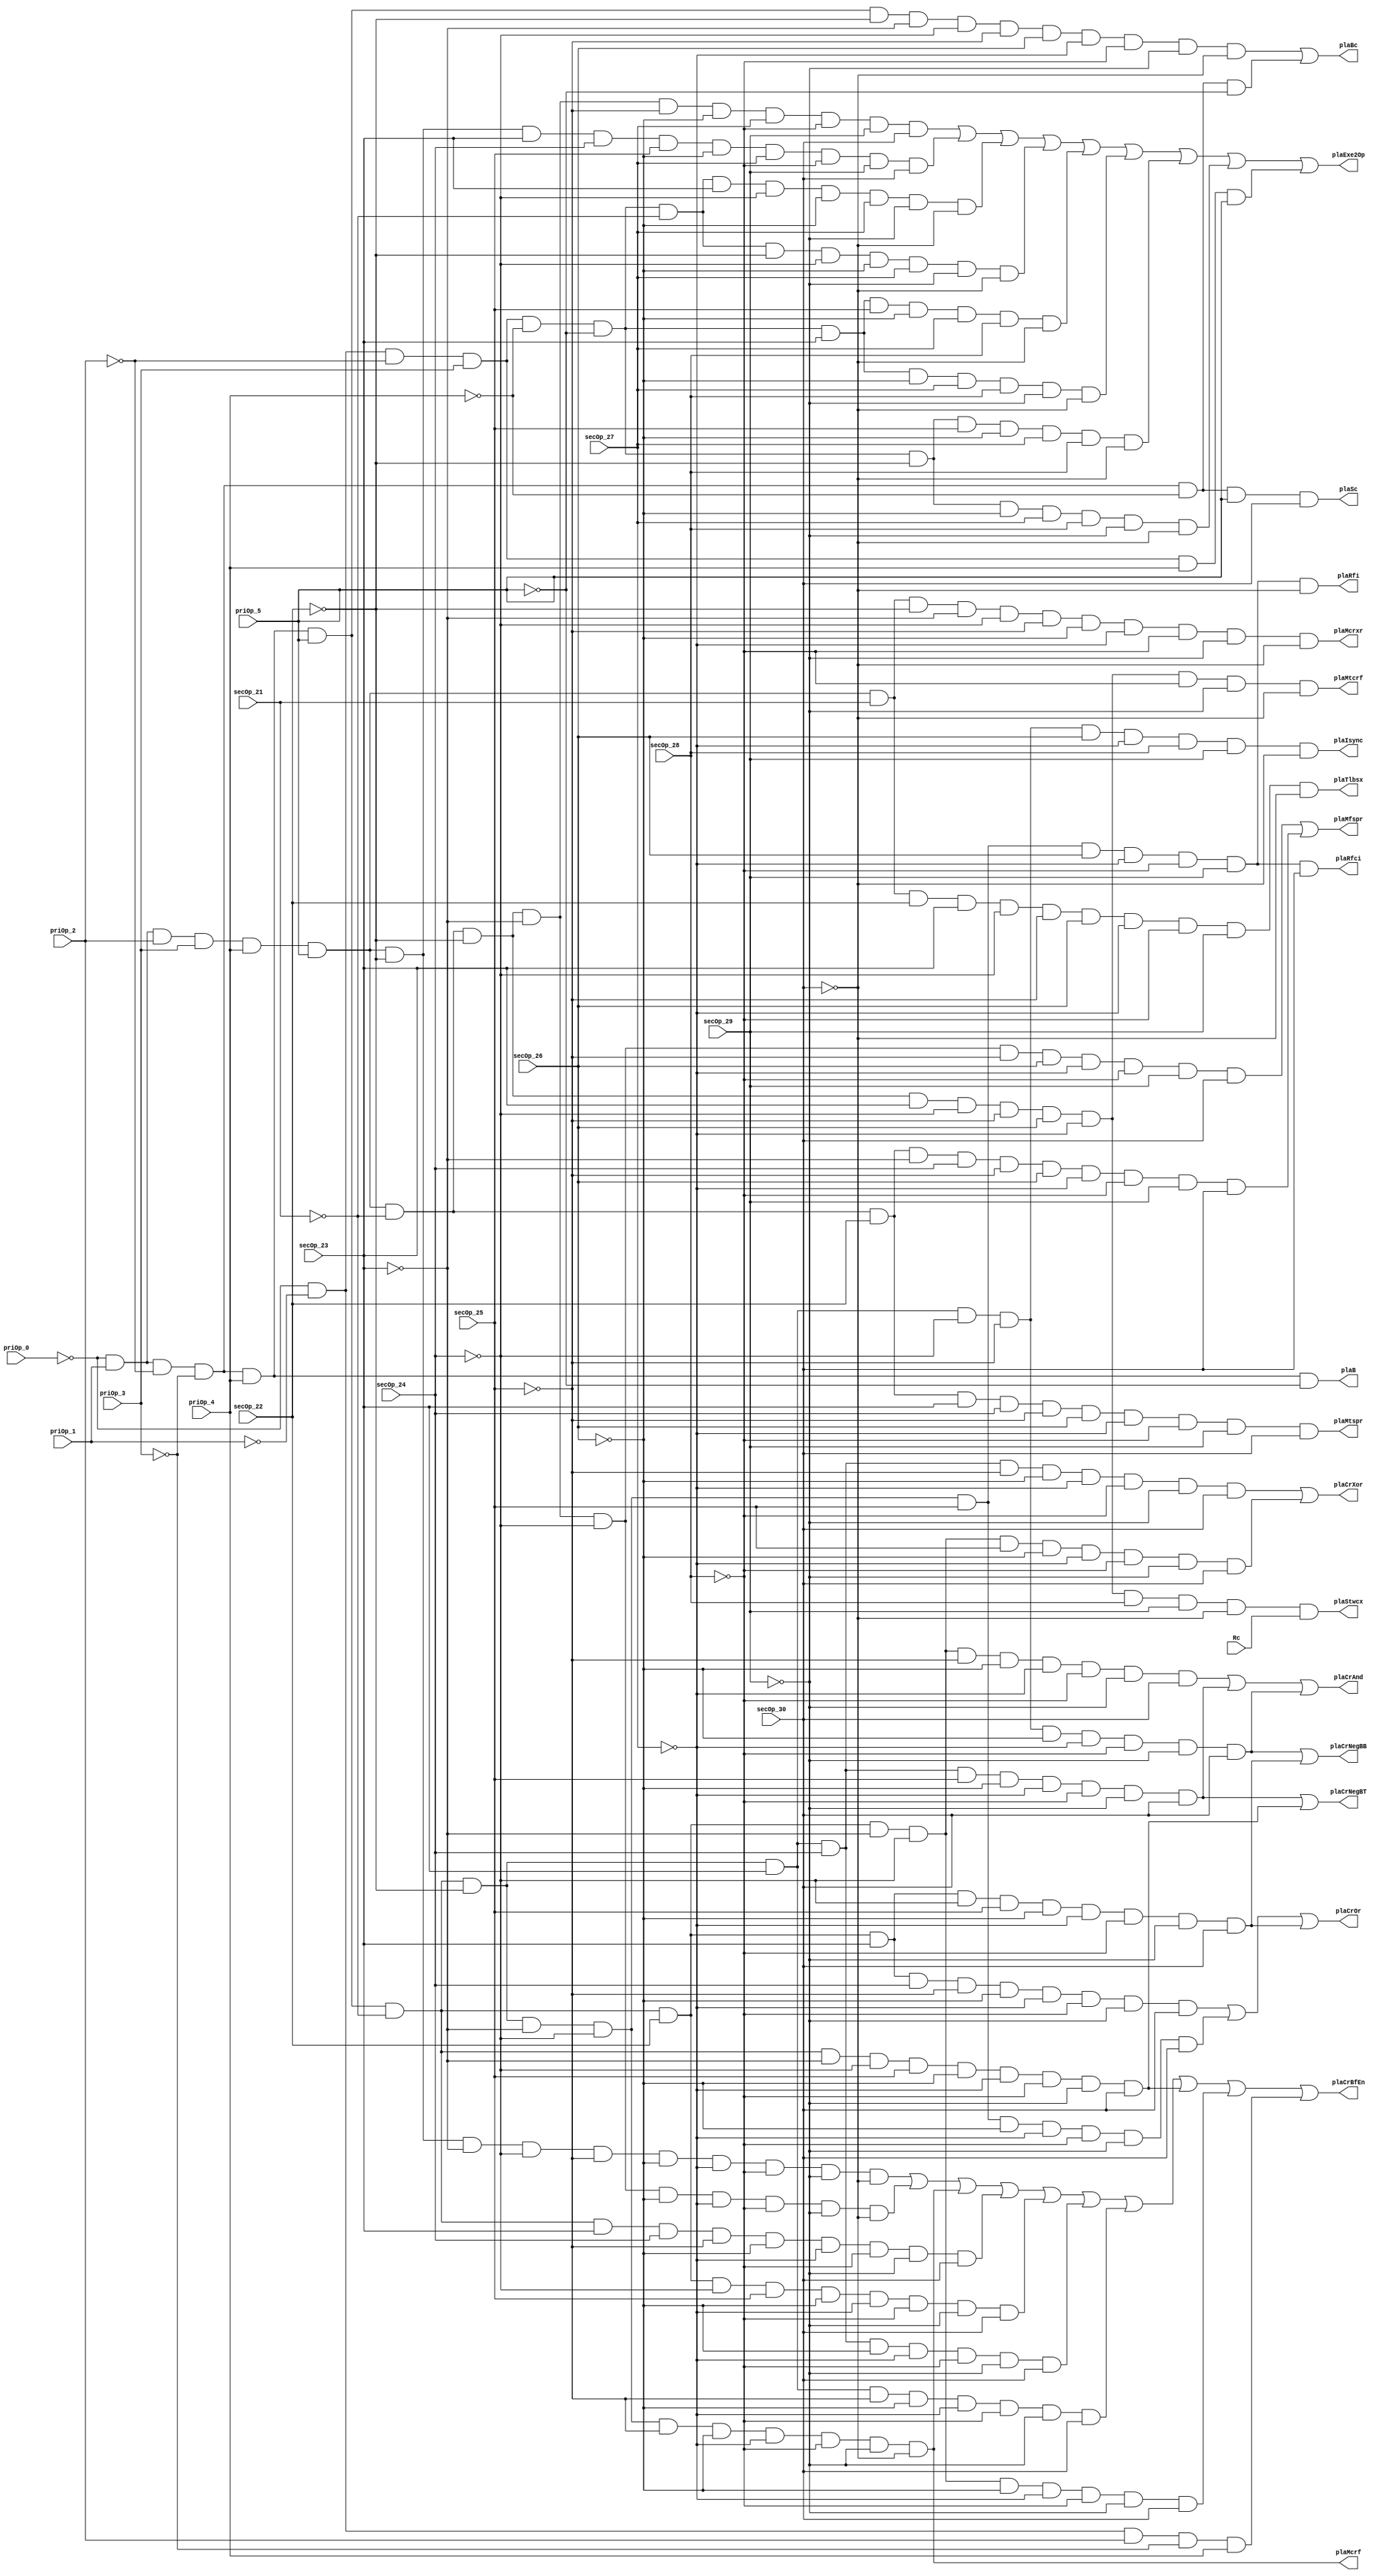
// 
// ************************************************************************** 
// 
//  Copyright (c) International Business Machines Corporation, 2005. 
// 
//  This file contains trade secrets and other proprietary and confidential 
//  information of International Business Machines Corporation which are 
//  protected by copyright and other intellectual property rights and shall 
//  not be reproduced, transferred to other documents, disclosed to others, 
//  or used for any purpose except as specifically authorized in writing by 
//  International Business Machines Corporation. This notice must be 
//  contained as part of this text at all times. 
// 
// ************************************************************************** 
//

module p405s_dcdInstPla ( priOp_0, priOp_1, priOp_2, priOp_3, priOp_4, priOp_5,
    secOp_21, secOp_22, secOp_23, secOp_24, secOp_25, secOp_26, secOp_27,
    secOp_28, secOp_29, secOp_30, Rc, plaExe2Op, plaCrBfEn, plaMtspr, plaMfspr,
    plaB, plaBc, plaCrAnd, plaCrOr, plaCrXor, plaCrNegBB, plaCrNegBT, plaMcrf,
    plaMcrxr, plaMtcrf, plaStwcx, plaTlbsx, plaRfi, plaRfci, plaSc, plaIsync
     );

input  priOp_0, priOp_1, priOp_2, priOp_3, priOp_4, priOp_5, secOp_21,
    secOp_22, secOp_23, secOp_24, secOp_25, secOp_26, secOp_27, secOp_28,
    secOp_29, secOp_30, Rc;

output plaExe2Op, plaCrBfEn, plaMtspr, plaMfspr, plaB, plaBc, plaCrAnd,
    plaCrOr, plaCrXor, plaCrNegBB, plaCrNegBT, plaMcrf, plaMcrxr, plaMtcrf,
    plaStwcx, plaTlbsx, plaRfi, plaRfci, plaSc, plaIsync;

    assign plaExe2Op = ((~priOp_0 & priOp_1 & priOp_2 & priOp_3 & priOp_4 &
        priOp_5 & ~secOp_21 & ~secOp_22 & ~secOp_23 & ~secOp_25 & ~secOp_26 &
        secOp_27 & ~secOp_28 & secOp_29 & secOp_30) | (~priOp_0 & priOp_1 &
        priOp_2 & priOp_3 & priOp_4 & priOp_5 & ~secOp_22 & secOp_23 &
        secOp_24 & secOp_25 & ~secOp_26 & secOp_27 & ~secOp_28 & secOp_29 &
        secOp_30) | (~priOp_0 & ~priOp_1 & ~priOp_2 & priOp_3 & ~priOp_4 & ~
        priOp_5 & ~secOp_21 & secOp_23 & ~secOp_24 & ~secOp_26 & secOp_27 & ~
        secOp_29 & ~secOp_30) | (~priOp_0 & ~priOp_1 & ~priOp_2 & priOp_3 & ~
        priOp_4 & ~priOp_5 & ~secOp_21 & ~secOp_22 & ~secOp_24 & ~secOp_26 &
        secOp_27 & ~secOp_29 & ~secOp_30) | (~priOp_0 & ~priOp_1 & ~priOp_2 &
        priOp_3 & ~priOp_4 & ~priOp_5 & secOp_23 & secOp_25 & ~secOp_26 &
        secOp_27 & secOp_28 & ~secOp_30) | (~priOp_0 & ~priOp_1 & ~priOp_2 &
        priOp_3 & ~priOp_4 & ~priOp_5 & secOp_23 & ~secOp_26 & secOp_27 &
        secOp_28 & ~secOp_29 & ~secOp_30) | (~priOp_0 & ~priOp_1 & ~priOp_2 &
        priOp_3 & ~priOp_4 & ~priOp_5 & ~secOp_22 & secOp_25 & ~secOp_26 &
        secOp_27 & secOp_28 & ~secOp_30) | (~priOp_0 & ~priOp_1 & ~priOp_2 &
        priOp_3 & ~priOp_4 & ~priOp_5 & ~secOp_22 & ~secOp_26 & secOp_27 &
        secOp_28 & ~secOp_29 & ~secOp_30) | (~priOp_0 & ~priOp_1 & ~priOp_2 &
        priOp_3 & priOp_4 & priOp_5));
    assign plaCrBfEn = ((~priOp_0 & priOp_1 & priOp_2 & priOp_3 & priOp_4 &
        priOp_5 & ~secOp_22 & ~secOp_23 & ~secOp_24 & ~secOp_25 & ~secOp_26 &
        ~secOp_27 & ~secOp_28 & ~secOp_29 & ~secOp_30) | (~priOp_0 & priOp_1
         & priOp_2 & priOp_3 & priOp_4 & priOp_5 & ~secOp_21 & ~secOp_22 & ~
        secOp_23 & ~secOp_24 & ~secOp_26 & ~secOp_27 & ~secOp_28 & ~secOp_29
         & ~secOp_30) | (~priOp_0 & priOp_1 & ~priOp_2 & ~priOp_3 & priOp_4 &
        priOp_5 & ~secOp_21 & ~secOp_22 & ~secOp_23 & ~secOp_24 & ~secOp_25 &
        ~secOp_26 & ~secOp_27 & ~secOp_28 & ~secOp_29 & ~secOp_30) | (~priOp_0
         & priOp_1 & ~priOp_2 & ~priOp_3 & priOp_4 & priOp_5 & ~secOp_21 &
        secOp_23 & secOp_24 & ~secOp_25 & ~secOp_26 & ~secOp_27 & ~secOp_28 &
        ~secOp_29 & secOp_30) | (~priOp_0 & priOp_1 & ~priOp_2 & ~priOp_3 &
        priOp_4 & priOp_5 & ~secOp_21 & secOp_22 & ~secOp_24 & secOp_25 & ~
        secOp_26 & ~secOp_27 & ~secOp_28 & ~secOp_29 & secOp_30) | (~priOp_0
         & priOp_1 & ~priOp_2 & ~priOp_3 & priOp_4 & priOp_5 & ~secOp_21 & ~
        secOp_22 & secOp_23 & secOp_24 & ~secOp_26 & ~secOp_27 & ~secOp_28 & ~
        secOp_29 & secOp_30) | (~priOp_0 & priOp_1 & ~priOp_2 & ~priOp_3 &
        priOp_4 & priOp_5 & ~secOp_21 & ~secOp_22 & secOp_23 & ~secOp_25 & ~
        secOp_26 & ~secOp_27 & ~secOp_28 & ~secOp_29 & secOp_30) | (~priOp_0
         & priOp_1 & ~priOp_2 & ~priOp_3 & priOp_4 & priOp_5 & ~secOp_21 & ~
        secOp_23 & ~secOp_24 & secOp_25 & ~secOp_26 & ~secOp_27 & ~secOp_28 &
        ~secOp_29 & secOp_30) | (~priOp_0 & priOp_1 & ~priOp_2 & ~priOp_3 &
        priOp_4 & priOp_5 & ~secOp_21 & secOp_22 & ~secOp_23 & ~secOp_24 & ~
        secOp_26 & ~secOp_27 & ~secOp_28 & ~secOp_29 & secOp_30) | (~priOp_0
         & ~priOp_1 & priOp_2 & ~priOp_3 & priOp_4));
    assign plaMtspr = ((~priOp_0 & priOp_1 & priOp_2 & priOp_3 & priOp_4 &
        priOp_5 & ~secOp_21 & secOp_22 & secOp_23 & secOp_24 & ~secOp_25 &
        secOp_26 & ~secOp_27 & ~secOp_28 & secOp_29 & secOp_30));
    assign plaMfspr = ((~priOp_0 & priOp_1 & priOp_2 & priOp_3 & priOp_4 &
        priOp_5 & ~secOp_21 & ~secOp_22 & ~secOp_23 & ~secOp_24 & ~secOp_25 &
        secOp_26 & ~secOp_27 & ~secOp_28 & secOp_29 & secOp_30) | (~priOp_0 &
        priOp_1 & priOp_2 & priOp_3 & priOp_4 & priOp_5 & ~secOp_21 & secOp_22
         & ~secOp_23 & secOp_24 & ~secOp_25 & secOp_26 & ~secOp_27 & ~secOp_28
         & secOp_29 & secOp_30));
    assign plaB = ((~priOp_0 & priOp_1 & ~priOp_2 & ~priOp_3 & priOp_4 & ~
        priOp_5));
    assign plaBc = ((~priOp_0 & priOp_1 & ~priOp_2 & ~priOp_3 & priOp_4 &
        priOp_5 & ~secOp_22 & ~secOp_23 & ~secOp_24 & ~secOp_25 & secOp_26 & ~
        secOp_27 & ~secOp_28 & ~secOp_29 & ~secOp_30) | (~priOp_0 & priOp_1 &
        ~priOp_2 & ~priOp_3 & ~priOp_4 & ~priOp_5));
    assign plaCrAnd = ((~priOp_0 & priOp_1 & ~priOp_2 & ~priOp_3 & priOp_4 &
        priOp_5 & ~secOp_21 & secOp_22 & ~secOp_23 & ~secOp_24 & ~secOp_25 & ~
        secOp_26 & ~secOp_27 & ~secOp_28 & ~secOp_29 & secOp_30) | (~priOp_0
         & priOp_1 & ~priOp_2 & ~priOp_3 & priOp_4 & priOp_5 & ~secOp_21 & ~
        secOp_22 & secOp_23 & secOp_24 & secOp_25 & ~secOp_26 & ~secOp_27 & ~
        secOp_28 & ~secOp_29 & secOp_30) | (~priOp_0 & priOp_1 & ~priOp_2 & ~
        priOp_3 & priOp_4 & priOp_5 & ~secOp_21 & ~secOp_22 & secOp_23 & ~
        secOp_24 & ~secOp_25 & ~secOp_26 & ~secOp_27 & ~secOp_28 & ~secOp_29
         & secOp_30));
    assign plaCrOr = ((~priOp_0 & priOp_1 & ~priOp_2 & ~priOp_3 & priOp_4 &
        priOp_5 & ~secOp_21 & secOp_22 & secOp_23 & secOp_24 & ~secOp_25 & ~
        secOp_26 & ~secOp_27 & ~secOp_28 & ~secOp_29 & secOp_30) | (~priOp_0
         & priOp_1 & ~priOp_2 & ~priOp_3 & priOp_4 & priOp_5 & ~secOp_21 & ~
        secOp_22 & ~secOp_23 & ~secOp_24 & secOp_25 & ~secOp_26 & ~secOp_27 &
        ~secOp_28 & ~secOp_29 & secOp_30) | (~priOp_0 & priOp_1 & ~priOp_2 & ~
        priOp_3 & priOp_4 & priOp_5 & ~secOp_21 & secOp_22 & secOp_23 & ~
        secOp_24 & secOp_25 & ~secOp_26 & ~secOp_27 & ~secOp_28 & ~secOp_29 &
        secOp_30));
    assign plaCrXor = ((~priOp_0 & priOp_1 & ~priOp_2 & ~priOp_3 & priOp_4 &
        priOp_5 & ~secOp_21 & ~secOp_22 & secOp_23 & secOp_24 & ~secOp_25 & ~
        secOp_26 & ~secOp_27 & ~secOp_28 & ~secOp_29 & secOp_30) | (~priOp_0
         & priOp_1 & ~priOp_2 & ~priOp_3 & priOp_4 & priOp_5 & ~secOp_21 &
        secOp_22 & ~secOp_23 & ~secOp_24 & secOp_25 & ~secOp_26 & ~secOp_27 &
        ~secOp_28 & ~secOp_29 & secOp_30));
    assign plaCrNegBB = ((~priOp_0 & priOp_1 & ~priOp_2 & ~priOp_3 & priOp_4
         & priOp_5 & ~secOp_21 & ~secOp_22 & secOp_23 & ~secOp_24 & ~secOp_25
         & ~secOp_26 & ~secOp_27 & ~secOp_28 & ~secOp_29 & secOp_30) | (~
        priOp_0 & priOp_1 & ~priOp_2 & ~priOp_3 & priOp_4 & priOp_5 & ~
        secOp_21 & secOp_22 & secOp_23 & ~secOp_24 & secOp_25 & ~secOp_26 & ~
        secOp_27 & ~secOp_28 & ~secOp_29 & secOp_30));
    assign plaCrNegBT = ((~priOp_0 & priOp_1 & ~priOp_2 & ~priOp_3 & priOp_4
         & priOp_5 & ~secOp_21 & ~secOp_22 & secOp_23 & secOp_24 & secOp_25 &
        ~secOp_26 & ~secOp_27 & ~secOp_28 & ~secOp_29 & secOp_30) | (~priOp_0
         & priOp_1 & ~priOp_2 & ~priOp_3 & priOp_4 & priOp_5 & ~secOp_21 & ~
        secOp_23 & ~secOp_24 & secOp_25 & ~secOp_26 & ~secOp_27 & ~secOp_28 &
        ~secOp_29 & secOp_30));
    assign plaMcrf = ((~priOp_0 & priOp_1 & ~priOp_2 & ~priOp_3 & priOp_4 &
        priOp_5 & ~secOp_21 & ~secOp_22 & ~secOp_23 & ~secOp_24 & ~secOp_25 &
        ~secOp_26 & ~secOp_27 & ~secOp_28 & ~secOp_29 & ~secOp_30));
    assign plaMcrxr = ((~priOp_0 & priOp_1 & priOp_2 & priOp_3 & priOp_4 &
        priOp_5 & secOp_21 & ~secOp_22 & ~secOp_23 & ~secOp_24 & ~secOp_25 & ~
        secOp_26 & ~secOp_27 & ~secOp_28 & ~secOp_29 & ~secOp_30));
    assign plaMtcrf = ((~priOp_0 & priOp_1 & priOp_2 & priOp_3 & priOp_4 &
        priOp_5 & ~secOp_21 & ~secOp_22 & secOp_23 & ~secOp_24 & ~secOp_25 &
        secOp_26 & ~secOp_27 & ~secOp_28 & ~secOp_29 & ~secOp_30));
    assign plaStwcx = ((~priOp_0 & priOp_1 & priOp_2 & priOp_3 & priOp_4 &
        priOp_5 & ~secOp_21 & ~secOp_22 & secOp_23 & ~secOp_24 & ~secOp_25 &
        secOp_26 & ~secOp_27 & secOp_28 & secOp_29 & ~secOp_30 & Rc));
    assign plaTlbsx = ((~priOp_0 & priOp_1 & priOp_2 & priOp_3 & priOp_4 &
        priOp_5 & secOp_21 & secOp_22 & secOp_23 & ~secOp_24 & ~secOp_25 &
        secOp_26 & ~secOp_27 & ~secOp_28 & secOp_29 & ~secOp_30));
    assign plaRfi = ((~priOp_0 & priOp_1 & ~priOp_2 & ~priOp_3 & priOp_4 &
        priOp_5 & ~secOp_21 & ~secOp_22 & ~secOp_23 & ~secOp_24 & secOp_25 &
        secOp_26 & ~secOp_27 & ~secOp_28 & secOp_29 & ~secOp_30));
    assign plaRfci = ((~priOp_0 & priOp_1 & ~priOp_2 & ~priOp_3 & priOp_4 &
        priOp_5 & ~secOp_21 & ~secOp_22 & ~secOp_23 & ~secOp_24 & secOp_25 &
        secOp_26 & ~secOp_27 & ~secOp_28 & secOp_29 & secOp_30));
    assign plaSc = ((~priOp_0 & priOp_1 & ~priOp_2 & ~priOp_3 & ~priOp_4 &
        priOp_5 & secOp_30));
    assign plaIsync = ((~priOp_0 & priOp_1 & ~priOp_2 & ~priOp_3 & priOp_4 &
        priOp_5 & ~secOp_21 & ~secOp_22 & secOp_23 & ~secOp_24 & ~secOp_25 &
        secOp_26 & ~secOp_27 & secOp_28 & secOp_29 & ~secOp_30));
endmodule